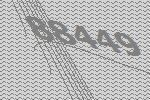
88449